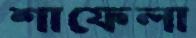
শাফেলা